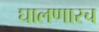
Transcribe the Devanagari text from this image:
घालणारच